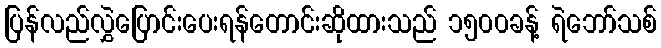
ပြန်လည်လွှဲပြောင်းပေးရန်တောင်းဆိုထားသည် ၁၅၀၀ခန့် ရဲဘော်သစ်